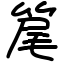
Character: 䇻